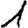
Digit: 1